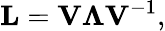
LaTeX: \mathbf{L}=\mathbf{V}\boldsymbol{\Lambda}\mathbf{V}^{-1},